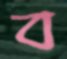
ব